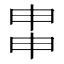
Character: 𤱓